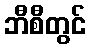
ဘီစီတွင်